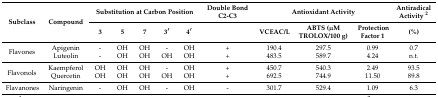
<table><thead><tr><td rowspan="2"><b>Subclass</b></td><td rowspan="2"><b>Compound</b></td><td colspan="5"><b>Substitution at Carbon Position</b></td><td><b>Double Bond C2-C3</b></td><td colspan="3"><b>Antioxidant Activity</b></td><td><b>Antiradical Activity <sup>2</sup></b></td></tr><tr><td><b>3</b></td><td><b>5</b></td><td><b>7</b></td><td><b>3′</b></td><td><b>4′</b></td><td></td><td><b>VCEAC/L</b></td><td><b>ABTS (μM TROLOX/100 g)</b></td><td><b>Protection Factor 1</b></td><td><b>(%)</b></td></tr></thead><tbody><tr><td rowspan="2">Flavones</td><td>Apigenin</td><td>-</td><td>OH</td><td>OH</td><td>-</td><td>OH</td><td>+</td><td>190.4</td><td>297.5</td><td>0.99</td><td>0.7</td></tr><tr><td>Luteolin</td><td>-</td><td>OH</td><td>OH</td><td>OH</td><td>OH</td><td>+</td><td>483.5</td><td>589.7</td><td>4.24</td><td>n.t.</td></tr><tr><td rowspan="2">Flavonols</td><td>Kaempferol</td><td>OH</td><td>OH</td><td>OH</td><td>-</td><td>OH</td><td>+</td><td>450.7</td><td>540.3</td><td>2.49</td><td>93.5</td></tr><tr><td>Quercetin</td><td>OH</td><td>OH</td><td>OH</td><td>OH</td><td>OH</td><td>+</td><td>692.5</td><td>744.9</td><td>11.50</td><td>89.8</td></tr><tr><td>Flavanones</td><td>Naringenin</td><td>-</td><td>OH</td><td>OH</td><td>-</td><td>OH</td><td>-</td><td>301.7</td><td>529.4</td><td>1.09</td><td>6.3</td></tr></tbody></table>